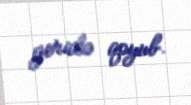
geridə qoyub.